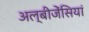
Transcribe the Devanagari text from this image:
अल्बीजेंसियां